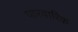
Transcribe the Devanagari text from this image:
पारवारिक